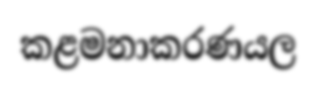
කළමනාකරණයල